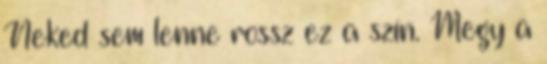
Neked sem lenne rossz ez a szín. Megy a